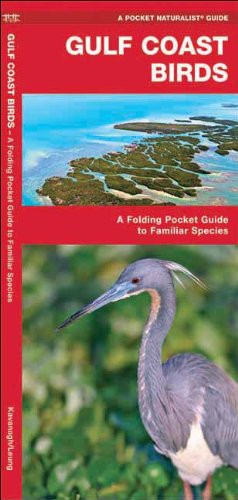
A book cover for Gulf Coast Birds: A Folding Pocket Guide to Familiar Species (Pocket Naturalist Guide Series); James Kavanagh; Travel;